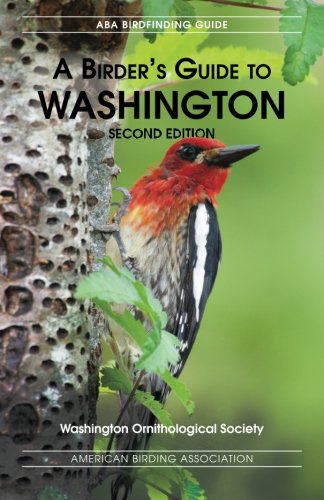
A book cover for A Birders Guide to Washington, Second Edition; Washington Ornithological Society; Science & Math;